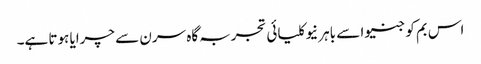
اس بم کو جنیوا سے باہر نیوکلیائی تجربہ گاہ سرن سے چرایا ہوتا ہے۔